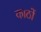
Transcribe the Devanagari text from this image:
काठों